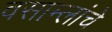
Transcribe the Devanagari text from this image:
वसाम्लांचे